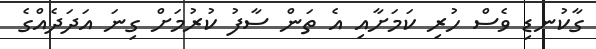
ގާކުނޑި ވެސް ހުރި ކަމަށާއި އެ ތަން ސާފު ކުރުމަށް ގިނަ އަދަދެއްގެ